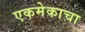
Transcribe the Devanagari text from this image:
एकमेकाचा